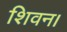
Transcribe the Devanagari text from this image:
शिवन।